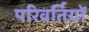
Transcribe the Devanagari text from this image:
परिवर्तियों